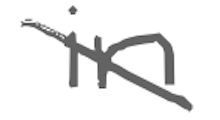
Text: in
Cross-out: diagonal
Writing tool: digital_gray